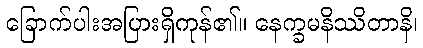
ခြောက်ပါးအပြားရှိကုန်၏။ နေက္ခမနိဿိတာနိ၊